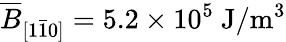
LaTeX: \overline{{B}}_{[1\bar{1}0]}=5.2\times 10^{5}~\mathrm{J/m^{3}}